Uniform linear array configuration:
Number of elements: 32
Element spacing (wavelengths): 1
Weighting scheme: exponential
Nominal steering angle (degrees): -30
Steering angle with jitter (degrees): -28.907
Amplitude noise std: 0.05
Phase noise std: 0.05

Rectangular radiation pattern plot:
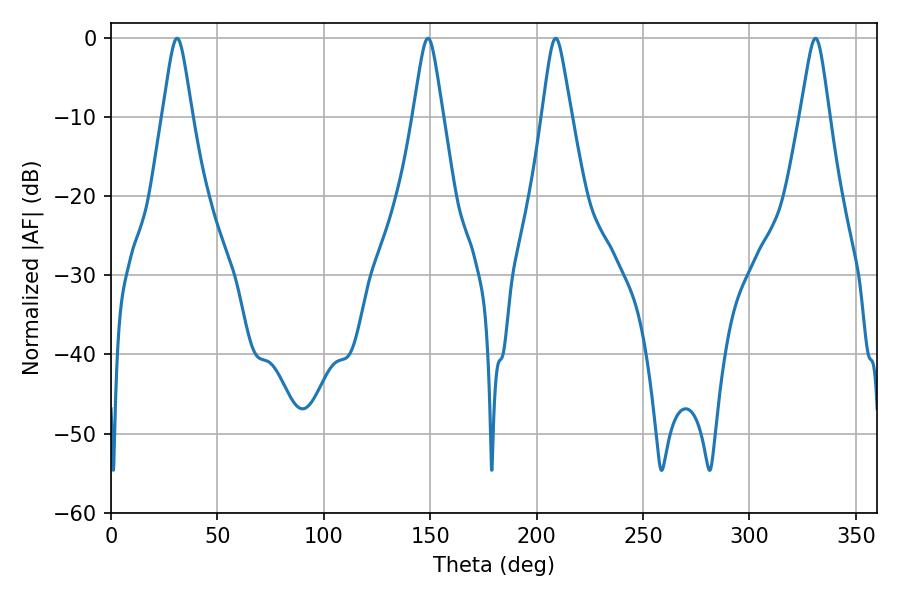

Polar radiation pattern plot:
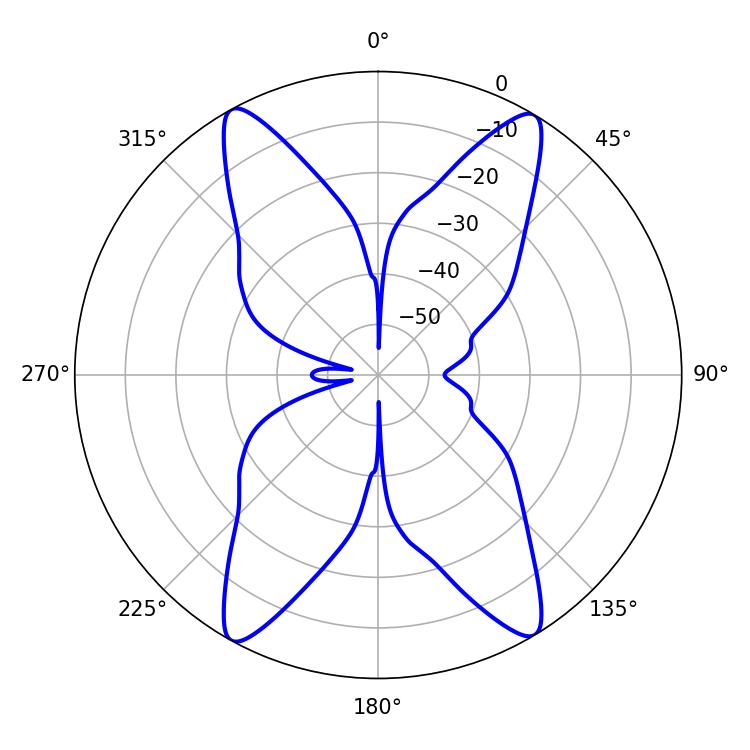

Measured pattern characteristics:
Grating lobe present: TRUE
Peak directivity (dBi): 22.943
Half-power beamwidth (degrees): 6.48
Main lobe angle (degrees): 208.98